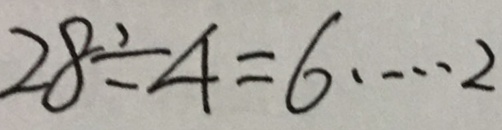
2 8 \div 4 = 6 \cdots 2